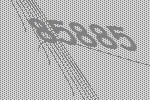
85885